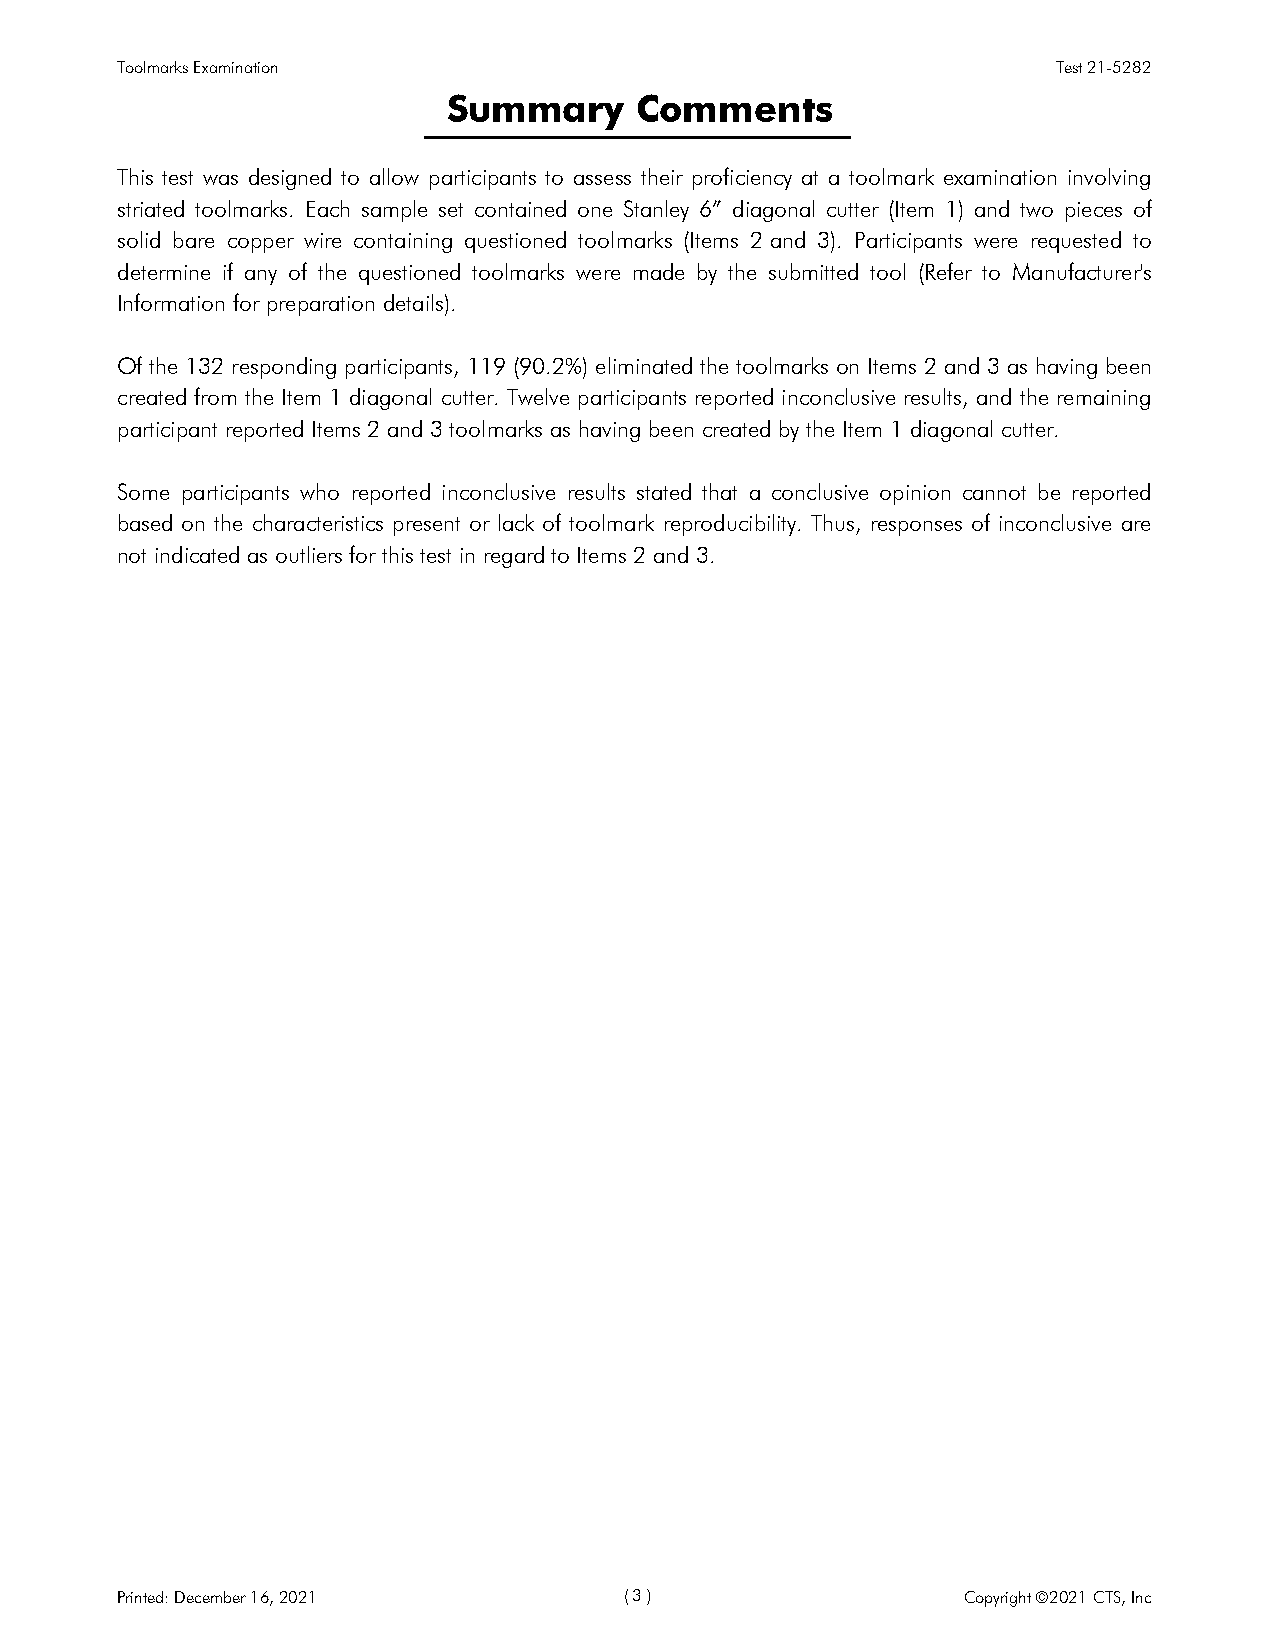
Toolmarks Examination                                         Test 21-5282
 Summary     Comments
 This test was designed to allow participants to assess their proficiency at a toolmark examination involving
 striated toolmarks. Each sample set contained one Stanley 6” diagonal cutter (Item 1) and two pieces of
 solid bare copper wire containing questioned toolmarks (Items 2 and 3). Participants were requested to
 determine if any of the questioned toolmarks were made by the submitted tool (Refer to Manufacturer's
 Information for preparation details).
 Of the 132 responding participants, 119 (90.2%) eliminated the toolmarks on Items 2 and 3 as having been
 created from the Item 1 diagonal cutter. Twelve participants reported inconclusive results, and the remaining
 participant reported Items 2 and 3 toolmarks as having been created by the Item 1 diagonal cutter.
 Some participants who reported inconclusive results stated that a conclusive opinion cannot be reported
 based on the characteristics present or lack of toolmark reproducibility. Thus, responses of inconclusive are
 not indicated as outliers for this test in regard to Items 2 and 3.
 Printed: December 16, 2021       ( 3 )                  Copyright ©2021 CTS, Inc